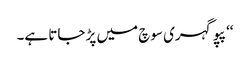
‘‘ پپو گہری سوچ میں پڑ جاتا ہے۔